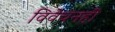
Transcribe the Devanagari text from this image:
विवेचनही